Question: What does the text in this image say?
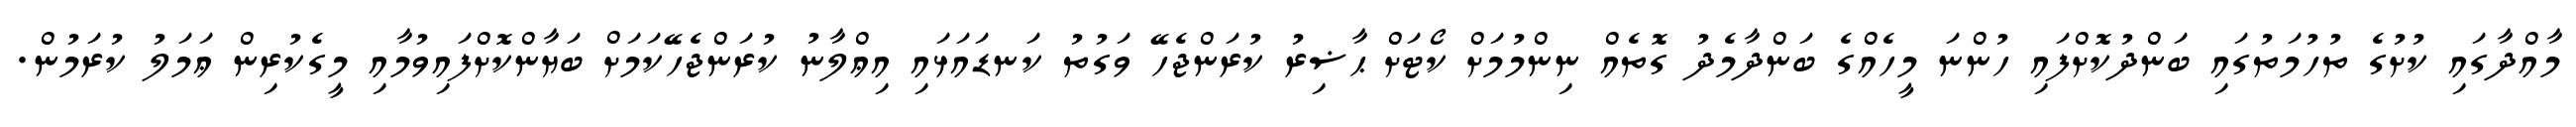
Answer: މާއްދާގައި ކުށުގެ ތުހުމަތުގައި ބަންދުކޮށްފައި ހުންނަ މީހެއްގެ ބަންދާމެދު ގޮތެއް ނިންމުމަށް ކޯޓަށް ޙާޟިރު ކުރަންޖެހޭ ވަގުތު ކަނޑައަޅައި އިޢްލާނު ކުރަންޖެހޭކަމަށް ބަޔާންކޮށްފައިވުމާއި މީގެކުރިން ޢަމަލު ކުރަމުން.